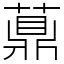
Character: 薡